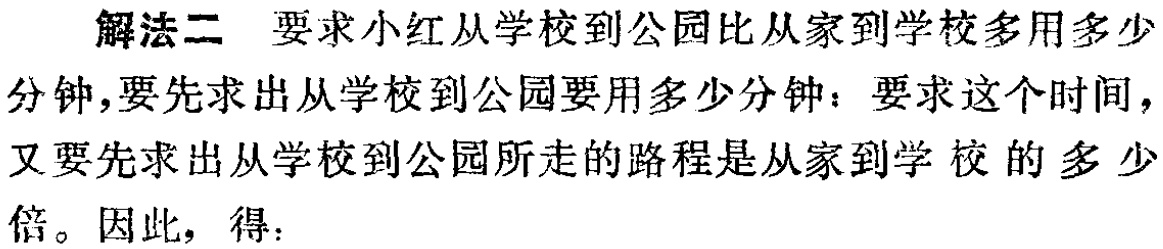
解法二 要求小红从学校到公园比从家到学校多用多少
分钟,要先求出从学校到公园要用多少分钟：要求这个时间，
又要先求出从学校到公园所走的路程是从家到学校的多少
倍。因此，得：